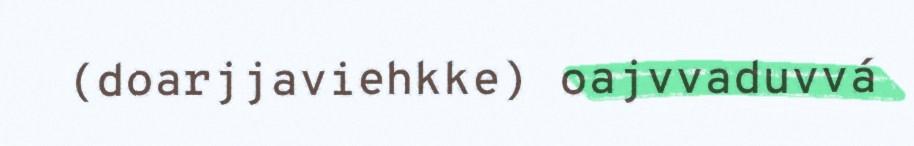
(doarjjaviehkke) oajvvaduvvá